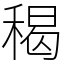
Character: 䅥